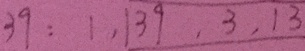
3 9 : 1 , 1 3 9 , 3 , 1 3